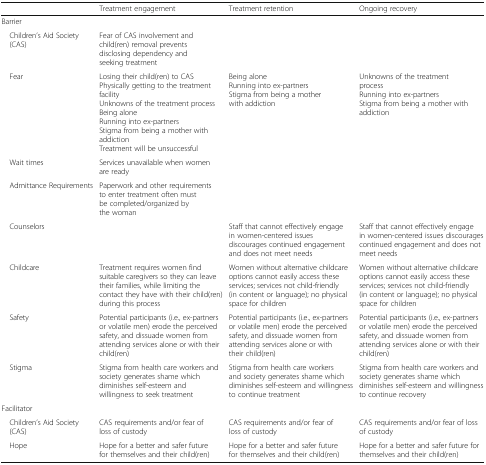
|  | Treatment engagement | Treatment retention | Ongoing recovery |
 | --- | --- | --- | --- |
 | <COLSPAN=4> Barrier |
 | Children’s Aid Society (CAS) | Fear of CAS involvement and child(ren) removal prevents disclosing dependency and seeking treatment |  |  |
 | Fear | Losing their child(ren) to CASPhysically getting to the treatment facilityUnknowns of the treatment processBeing aloneRunning into ex-partnersStigma from being a mother with addictionTreatment will be unsuccessful | Being aloneRunning into ex-partnersStigma from being a mother with addiction | Unknowns of the treatment processRunning into ex-partnersStigma from being a mother with addiction |
 | Wait times | Services unavailable when women are ready |  |  |
 | Admittance Requirements | Paperwork and other requirements to enter treatment often must be completed/organized by the woman |  |  |
 | Counselors |  | Staff that cannot effectively engage in women-centered issues discourages continued engagement and does not meet needs | Staff that cannot effectively engage in women-centered issues discourages continued engagement and does not meet needs |
 | Childcare | Treatment requires women find suitable caregivers so they can leave their families, while limiting the contact they have with their child(ren) during this process | Women without alternative childcare options cannot easily access these services; services not child-friendly (in content or language); no physical space for children | Women without alternative childcare options cannot easily access these services; services not child-friendly (in content or language); no physical space for children |
 | Safety | Potential participants (i.e., ex-partners or volatile men) erode the perceived safety, and dissuade women from attending services alone or with their child(ren) | Potential participants (i.e., ex-partners or volatile men) erode the perceived safety, and dissuade women from attending services alone or with their child(ren) | Potential participants (i.e., ex-partners or volatile men) erode the perceived safety, and dissuade women from attending services alone or with their child(ren) |
 | Stigma | Stigma from health care workers and society generates shame which diminishes self-esteem and willingness to seek treatment | Stigma from health care workers and society generates shame which diminishes self-esteem and willingness to continue treatment | Stigma from health care workers and society generates shame which diminishes self-esteem and willingness to continue recovery |
 | <COLSPAN=4> Facilitator |
 | Children’s Aid Society (CAS) | CAS requirements and/or fear of loss of custody | CAS requirements and/or fear of loss of custody | CAS requirements and/or fear of loss of custody |
 | Hope | Hope for a better and safer future for themselves and their child(ren) | Hope for a better and safer future for themselves and their child(ren) | Hope for a better and safer future for themselves and their child(ren) |